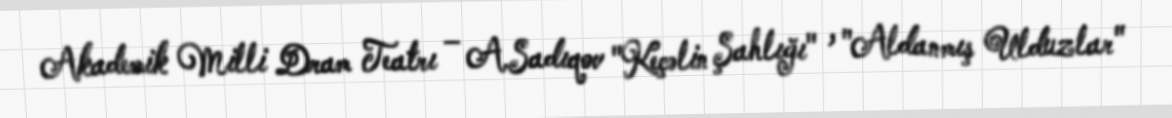
Akademik Milli Dram Teatrı – A.Sadıqov "Keçəlin Şahlığı" , "Aldanmış Ulduzlar"